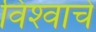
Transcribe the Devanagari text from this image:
विश्‍वाचे